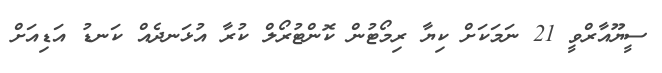
ސީޔޫއާރްވީ 21 ނަމަކަށް ކިޔާ ރިމޯޓުން ކޮންޓުރޯލް ކުރާ އުޅަނދެއް ކަނޑު އަޑިއަށް